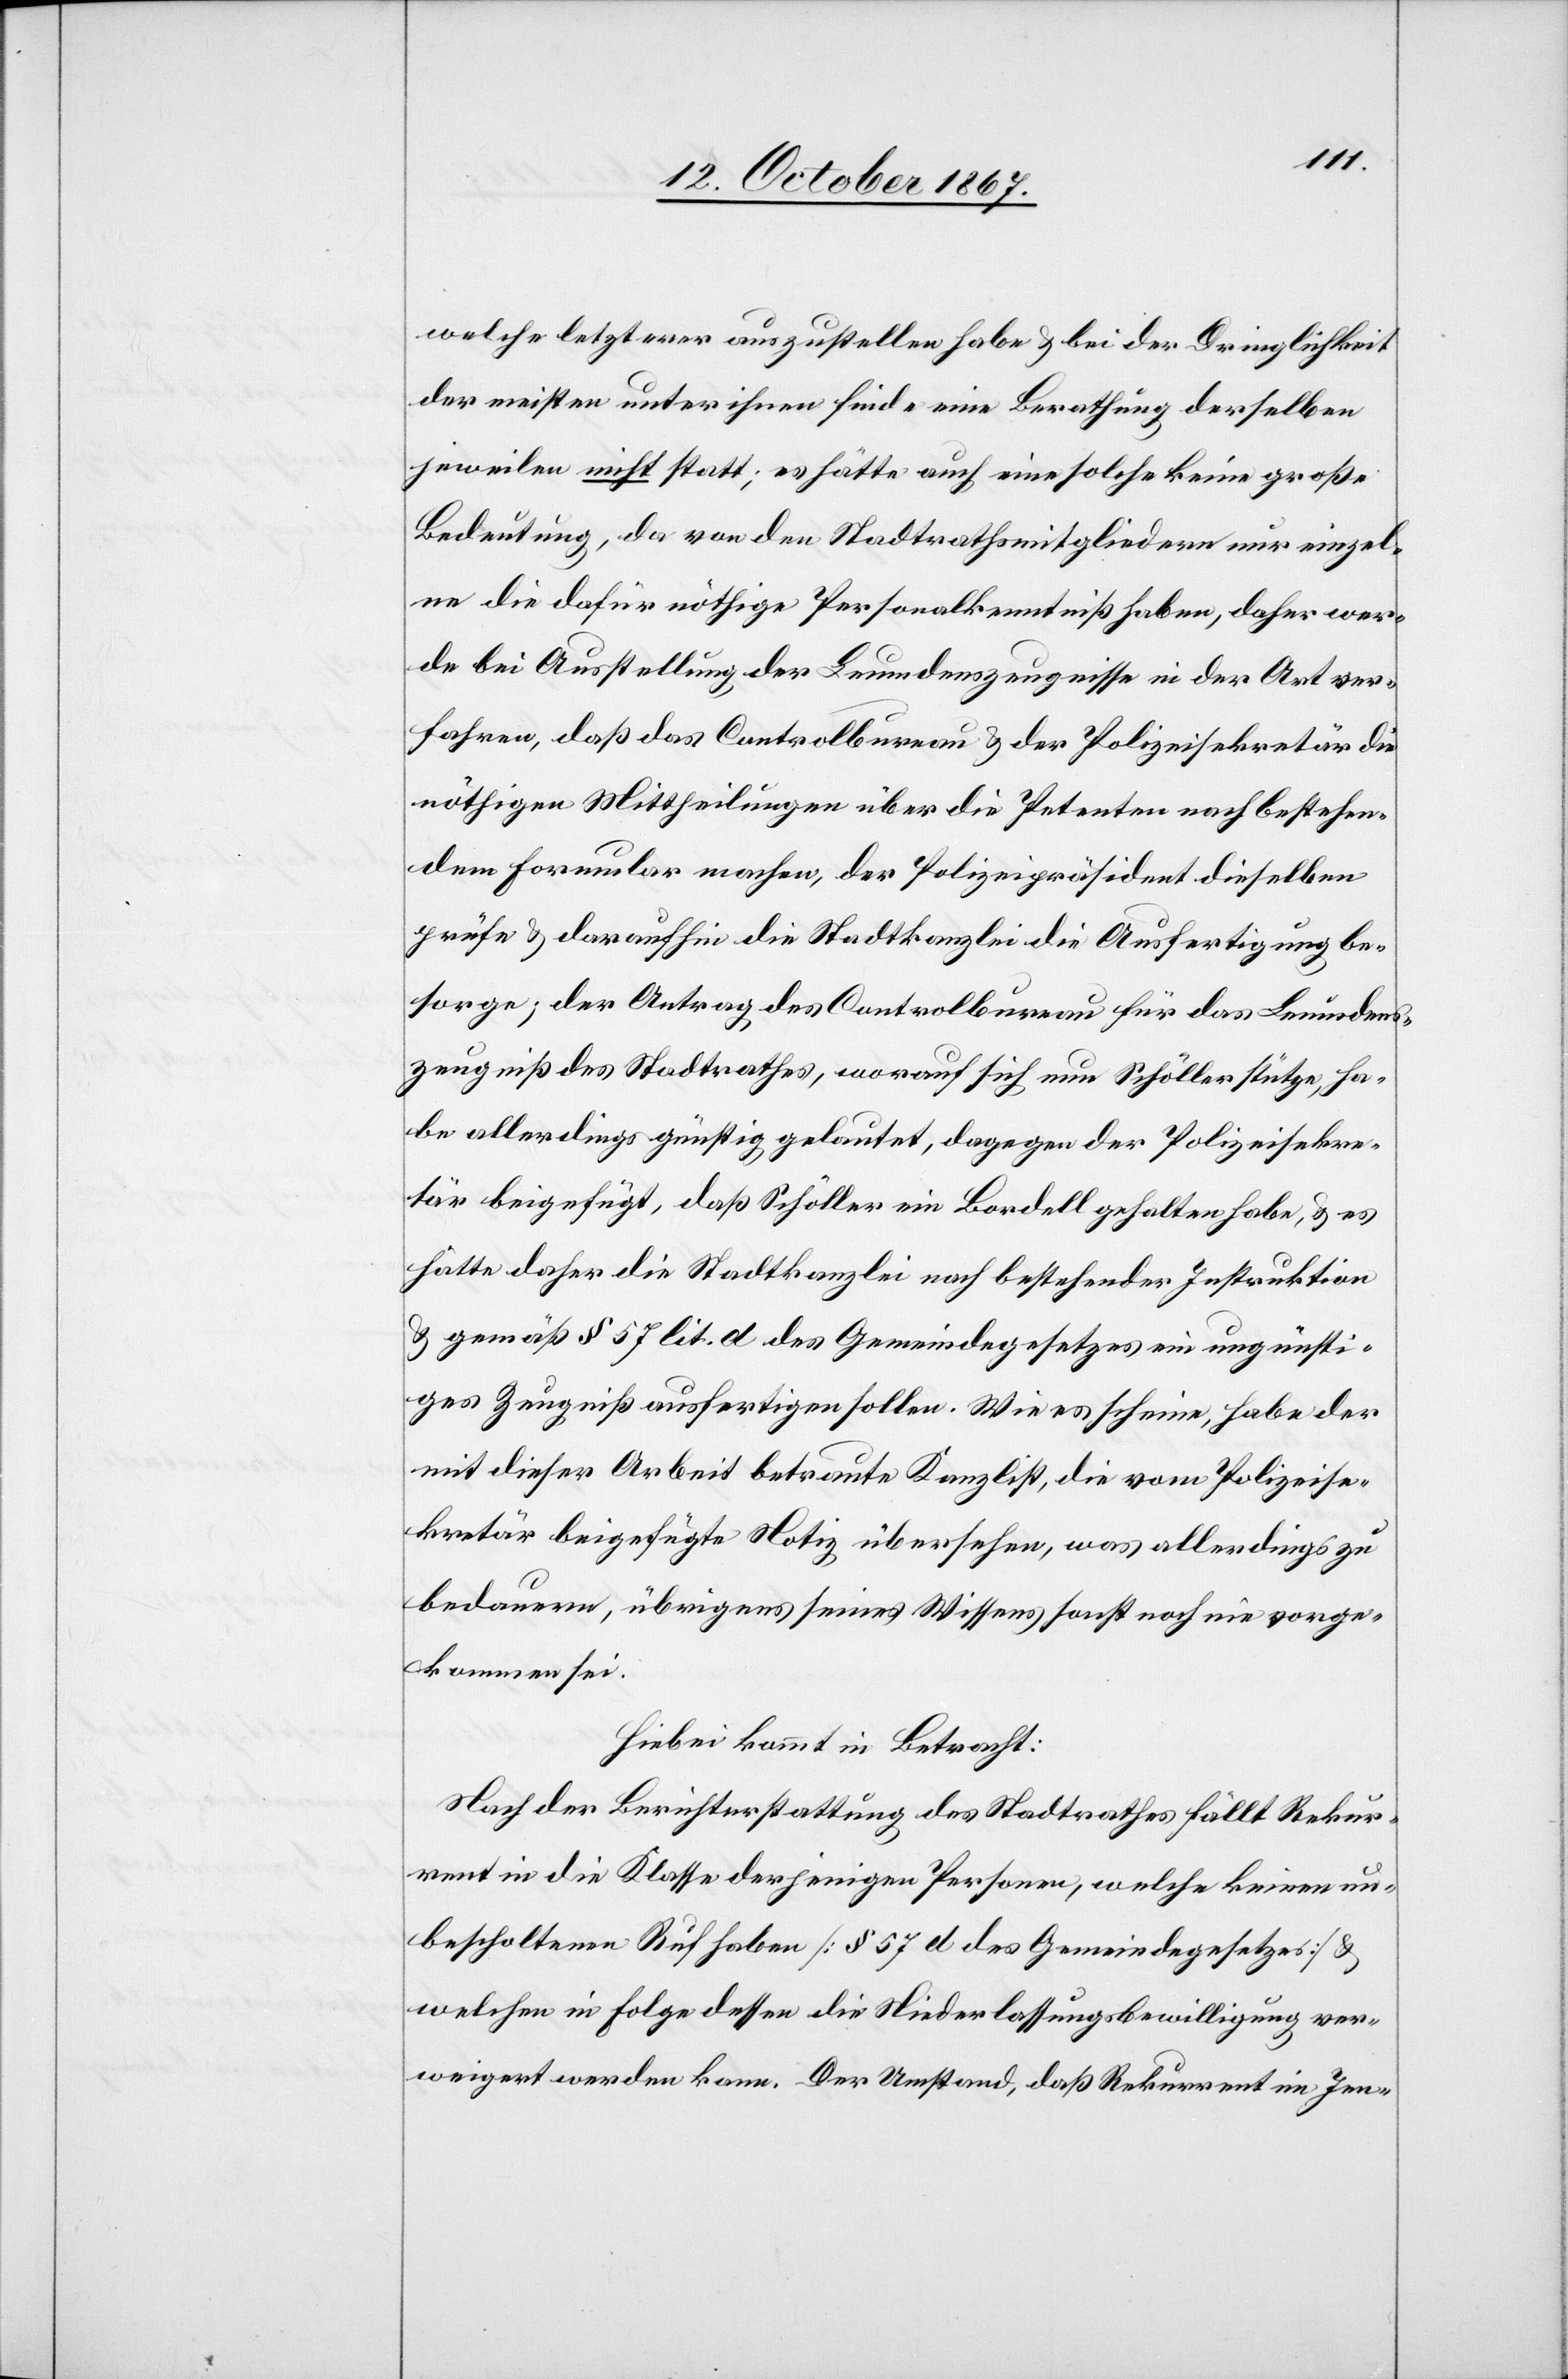
welche letzterer auszustellen habe u. bei der Dringlichkeit
der meisten unter ihnen finde eine Berathung derselben
jeweilen nicht statt; es hätte auch eine solche keine große
Bedeutung, da von den Stadtrathsmitgliedern nur einzel¬
ne die dafür nöthige Personalkenntniß haben, daher wer¬
de bei Ausstellung der Leumdenszeugnisse in der Art ver¬
fahren, daß das Controllbureau u. der Polizeisekretär die
nöthigen Mittheilungen über die Petenten nach bestehen¬
dem Formular machen, der Polizeipräsident dieselben
prüfe u. daraufhin die Stadtkanzlei die Ausfertigung be¬
sorge; der Antrag des Controlbureau für das Leumdens¬
zeugniß des Stadtrathes, worauf sich nun Schöller stütze, ha¬
be allerdings günstig gelautet, dagegen der Polizeisekre¬
tär beigefügt, daß Schöller ein Bordell gehalten habe, u. es
hätte daher die Stadtkanzlei nach bestehender Instruktion
u. gemäß § 57 lit. d des Gemeindesgesetzes ein ungünsti¬
ges Zeugniß ausfertigen sollen. Wie es scheine, habe der
mit dieser Arbeit betraute Kanzlist, die vom Polizeise¬
kretär beigefügte Notiz übersehen, was allerdings zu
bedauern, übrigens seines Wissens sonst noch nie vorge¬
kommen sei.
Hiebei kommt in Betracht:
Nach der Berichterstattung des Stadtrathes fällt Rekur¬
rent in die Klasse derjenigen Personen, welche keinen un¬
bescholtenen Ruf haben [§ 57 des Gemeindegesetzes] u.
welchen in Folge dessen die Niederlassungsbewilligung ver¬
weigert werden kann. Der Umstand, daß Rekurrent im Jenn-